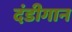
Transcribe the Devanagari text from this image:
दंडीगान